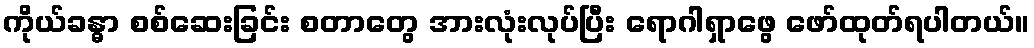
ကိုယ်ခန္ဓာ စစ်ဆေးခြင်း စတာတွေ အားလုံးလုပ်ပြီး ရောဂါရှာဖွေ ဖော်ထုတ်ရပါတယ်။